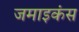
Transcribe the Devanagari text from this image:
जमाइकंस